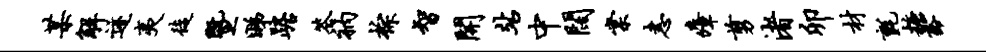
某解迹夷徒暨睇踞答衲棕智开站中阔棠恚瘴剪渚卯材毡糖豁